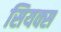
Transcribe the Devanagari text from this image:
सियक्स